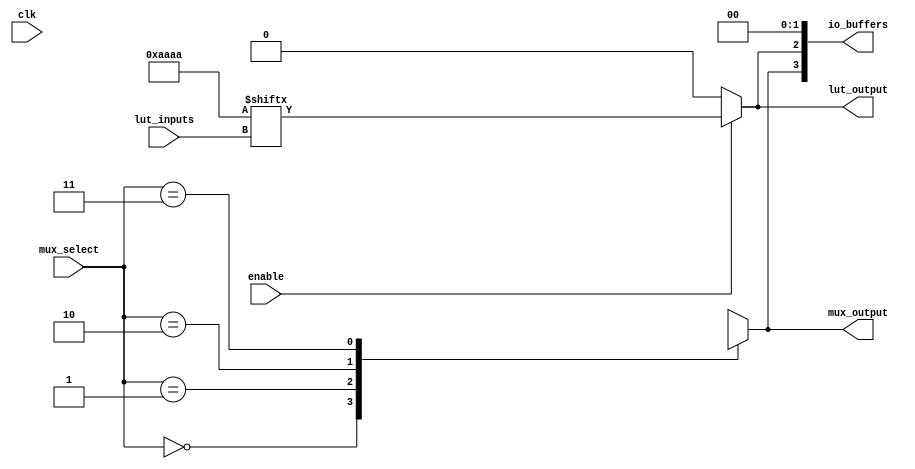
module CLB (
    input wire [3:0] lut_inputs,      // 4-bit input for LUT
    input wire [1:0] mux_select,      // 2-bit select for multiplexer
    input wire clk,                    // Clock signal for flip-flops (if used)
    input wire enable,                 // Enable signal for the CLB
    output wire lut_output,            // Output from the LUT
    output wire mux_output,            // Output from the multiplexer
    output wire [3:0] io_buffers       // I/O buffers
);

// Configuration memory for LUT (example for a 4-input LUT)
reg [15:0] lut_memory; // 16 entries for 4-input LUT

// LUT implementation
always @(*) begin
    if (enable) begin
        lut_output = lut_memory[lut_inputs]; // Output based on LUT configuration
    end else begin
        lut_output = 1'b0; // Default output when not enabled
    end
end

// Multiplexer implementation
reg [3:0] mux_inputs; // Inputs to the multiplexer
always @(*) begin
    case (mux_select)
        2'b00: mux_output = lut_output; // Select LUT output
        2'b01: mux_output = mux_inputs[0]; // Select input 0
        2'b10: mux_output = mux_inputs[1]; // Select input 1
        2'b11: mux_output = mux_inputs[2]; // Select input 2
        default: mux_output = 1'b0; // Default case
    endcase
end

// Example of I/O buffers
assign io_buffers = {mux_output, lut_output, 2'b00}; // Example buffer assignment

// Configuration memory initialization (example)
initial begin
    lut_memory = 16'b1010101010101010; // Example LUT configuration
end

endmodule